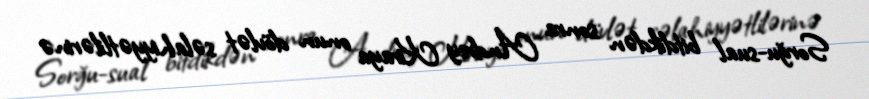
Sorğu-sual bitdikdən sonra Andrey Kiraya onun dövlət səlahiyyətlilərinə